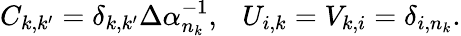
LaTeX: C_{k,k^{\prime}}=\delta_{k,k^{\prime}}\Delta\alpha_{n_{k}}^{-1},\ \ \ U_{i,k}=V_{k,i}=\delta_{i,n_{k}}.